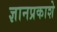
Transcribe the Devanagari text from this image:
ज्ञानप्रकाशे